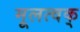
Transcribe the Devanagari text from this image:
मूलत्वक्